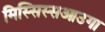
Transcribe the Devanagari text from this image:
मिस्सिस्सआउगा